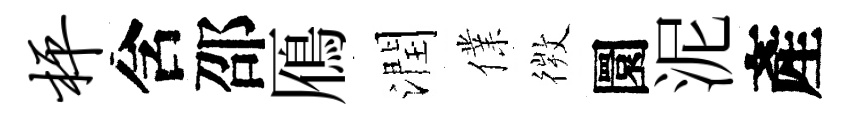
枰含邵鴈潤㒒𢕄圜泥產